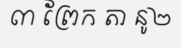
៣ ព្រែក តា នូ២